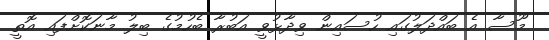
މޫސާ އެ ބައްދަލުގައި ހުސައިން ވިދާޅުވީ އަބުރާ ބެހުމުގެ ބިލު މާނަކޮށްފައި އޮތީ